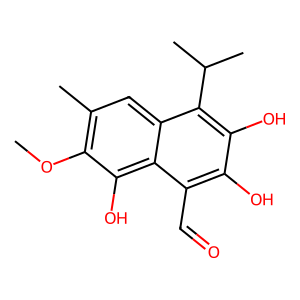
SMILES: COc1c(C)cc2c(C(C)C)c(O)c(O)c(C=O)c2c1O
Inhibits HIV replication: No